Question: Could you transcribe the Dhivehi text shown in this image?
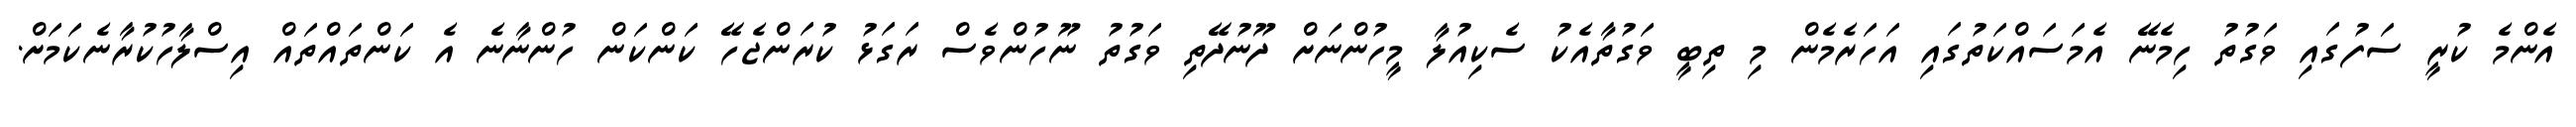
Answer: އެންމެ ކުރީ ސަފުގައި ވަގުތު ހިމެނޭ އެމަސައްކަތުގައި އަހަރެމެން މި ތިބީ ވަގުތާއެކު ސެކިއުލާ މީހުންނަށް ދޫނުދޭތި ވަގުތު ނޫހުންވެސް ރަގަޅު ކުރަންޖެހޭ ކަންކަން ހުންނާނެ އެ ކަންތައްތައް އިސްލާހުކުރާނެކަމަށް.